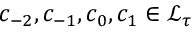
c _ { - 2 } , c _ { - 1 } , c _ { 0 } , c _ { 1 } \in \mathcal { L } _ { \tau }